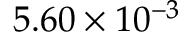
5 . 6 0 \times 1 0 ^ { - 3 }